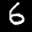
Label: 6